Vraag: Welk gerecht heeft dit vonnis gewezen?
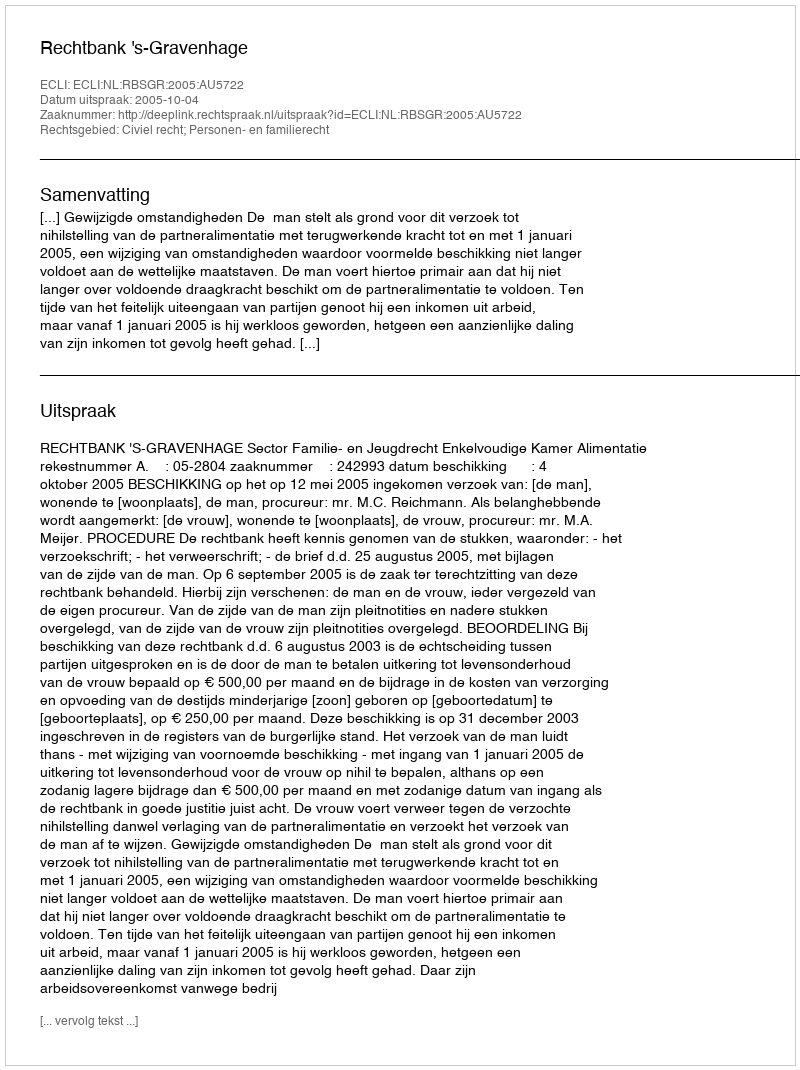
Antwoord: Rechtbank 's-Gravenhage